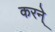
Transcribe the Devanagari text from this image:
करने्